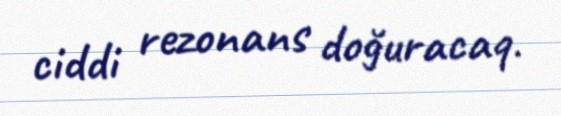
ciddi rezonans doğuracaq.